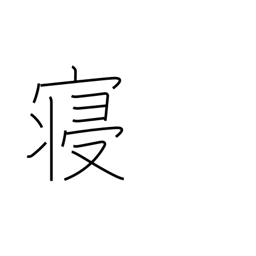
Meaning: lie down